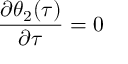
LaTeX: \frac { \partial \theta _ { 2 } ( \tau ) } { \partial \tau } = 0